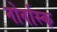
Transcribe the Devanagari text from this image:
नोर्वास्क